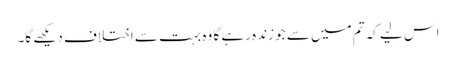
اس لیے کہ تم میں سے جو زندہ رہے گا وہ بہت سے اختلاف دیکھے گا۔